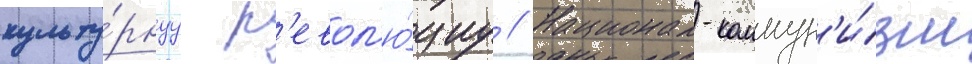
культу́рнуу р'евол'ю́циу // Национал-коммун'и́зм